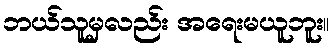
ဘယ်သူမှလည်း အရေးမယူဘူး။